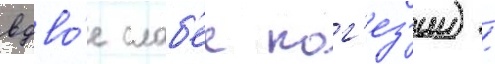
вдво́е слаб'ее ког'ез'ии) /